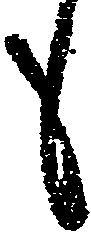
も